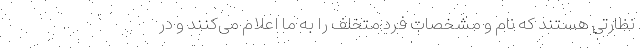
نظارتی هستند که نام و مشخصات فرد متخلف را به ما اعلام می‌کنند و در